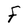
Character: F